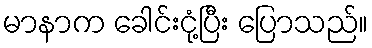
မာနာက ခေါင်းငုံ့ပြီး ပြောသည်။